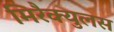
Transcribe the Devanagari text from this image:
मिरैक्युलस